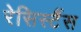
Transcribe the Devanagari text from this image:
रेसिस्टैंस